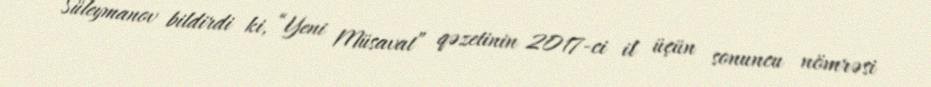
Süleymanov bildirdi ki, “Yeni Müsavat” qəzetinin 2017-ci il üçün sonuncu nömrəsi